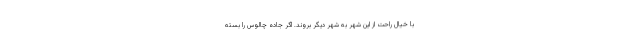
با خیال راحت از این شهر به شهر دیگر بروند. اگر جاده چالوس را بسته